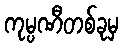
ကုမ္ပဏီတစ်ခုမှ